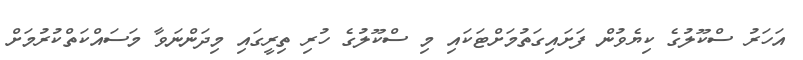
އަހަރު ސްކޫލުގެ ކިޔެވުން ފަށައިގަތުމަށްޓަކައި މި ސްކޫލުގެ ހުރި ތިރީގައި މިދަންނަވާ މަސައްކަތްކުރުމަށް